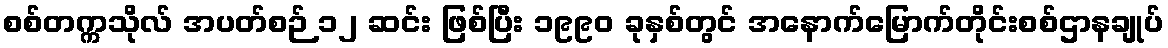
စစ်တက္ကသိုလ် အပတ်စဉ် ၁၂ ဆင်း ဖြစ်ပြီး ၁၉၉၀ ခုနှစ်တွင် အနောက်မြောက်တိုင်းစစ်ဌာနချုပ်